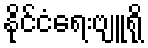
နိုင်ငံရေးဗျူရို